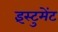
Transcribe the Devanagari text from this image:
इंस्टुमेंट